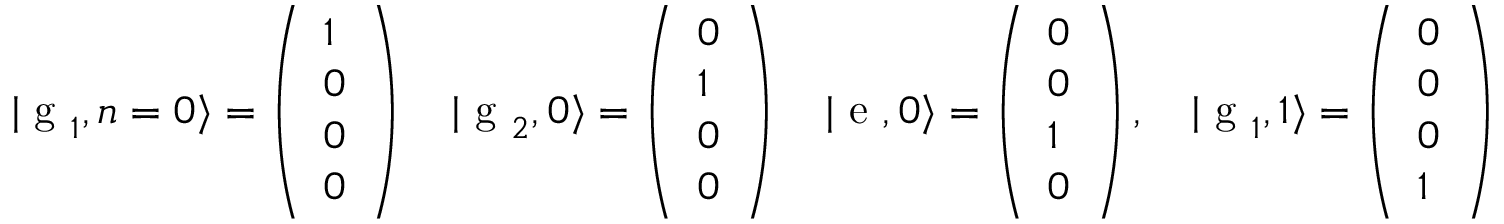
| \textrm { g } _ { 1 } , n = 0 \rangle = \left( \begin{array} { l } { 1 } \\ { 0 } \\ { 0 } \\ { 0 } \end{array} \right) \quad | \textrm { g } _ { 2 } , 0 \rangle = \left( \begin{array} { l } { 0 } \\ { 1 } \\ { 0 } \\ { 0 } \end{array} \right) \quad | \textrm { e } , 0 \rangle = \left( \begin{array} { l } { 0 } \\ { 0 } \\ { 1 } \\ { 0 } \end{array} \right) , \quad | \textrm { g } _ { 1 } , 1 \rangle = \left( \begin{array} { l } { 0 } \\ { 0 } \\ { 0 } \\ { 1 } \end{array} \right)